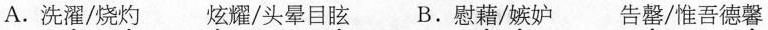
A.洗濯/烧灼 炫耀/头晕目眩 B.慰藉/嫉妒 告罄/惟吾德馨